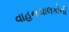
વાહનચાલકોની